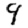
Digit: 9